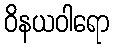
ဝိနယဝါရော